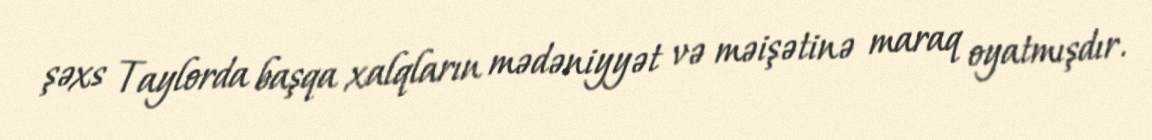
şəxs Taylorda başqa xalqların mədəniyyət və məişətinə maraq oyatmışdır.